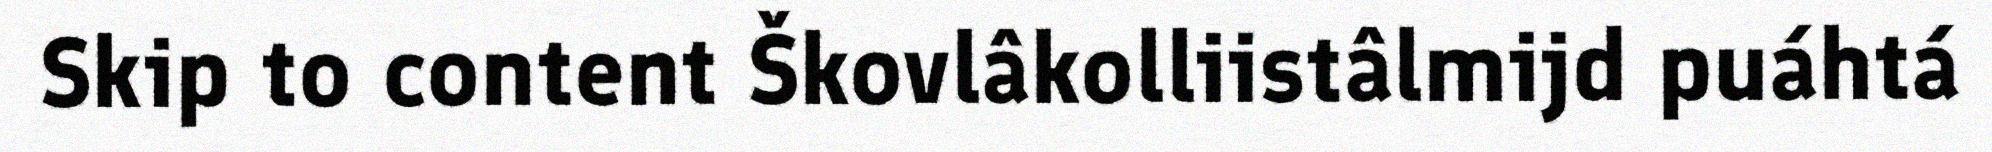
Skip to content Škovlâkolliistâlmijd puáhtá